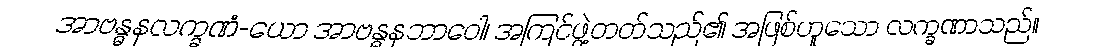
အာဗန္ဓနလက္ခဏံ-ယော အာဗန္ဓနဘာဝေါ၊ အကြင်ဖွဲ့တတ်သည်၏ အဖြစ်ဟူသော လက္ခဏာသည်။